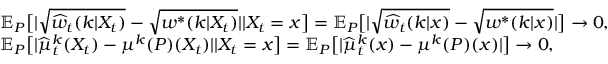
\begin{array} { r l } & { \mathbb { E } _ { P } \big [ | \sqrt { \widehat { w } _ { t } ( k | X _ { t } ) } - \sqrt { w ^ { * } ( k | X _ { t } ) } | | X _ { t } = x \big ] = \mathbb { E } _ { P } \big [ | \sqrt { \widehat { w } _ { t } ( k | x ) } - \sqrt { w ^ { * } ( k | x ) } | \big ] \to 0 , } \\ & { \mathbb { E } _ { P } \big [ | \widehat { \mu } _ { t } ^ { k } ( X _ { t } ) - \mu ^ { k } ( P ) ( X _ { t } ) | | X _ { t } = x \big ] = \mathbb { E } _ { P } \big [ | \widehat { \mu } _ { t } ^ { k } ( x ) - \mu ^ { k } ( P ) ( x ) | \big ] \to 0 , } \end{array}